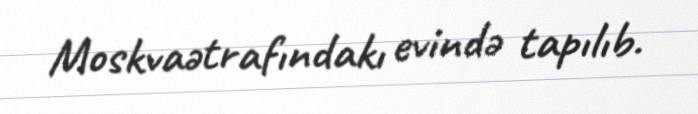
Moskvaətrafındakı evində tapılıb.